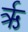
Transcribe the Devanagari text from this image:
र्ऋ